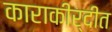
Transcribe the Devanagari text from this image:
काराकीर्दीत